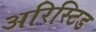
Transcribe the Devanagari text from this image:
अरिस्टिड